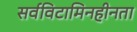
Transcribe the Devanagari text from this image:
सर्वविटामिनहीनता